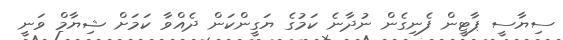
ސިޔާސީ ޕާޓީން ފެނިގެން ނުދާނެ ކަމުގެ ޔަގީންކަން ދެއްވާ ކަމަށް ޝިޔާމް ވަނީ